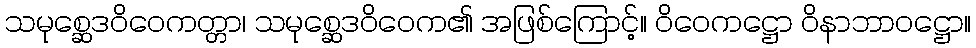
သမုစ္ဆေဒဝိဝေကတ္တာ၊ သမုစ္ဆေဒဝိဝေက၏ အဖြစ်ကြောင့်။ ဝိဝေကဋ္ဌော ဝိနာဘာဝဋ္ဌော။